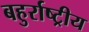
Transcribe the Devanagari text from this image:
बहुर्राष्ट्रीय